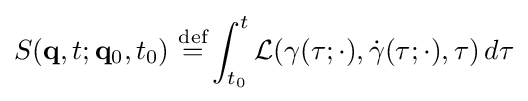
S(\mathbf {q} ,t;\mathbf {q} _{0},t_{0})\ {\stackrel {\text{def}}{=}}\int _{t_{0}}^{t}{\mathcal {L}}(\gamma (\tau ;\cdot ),{\dot {\gamma }}(\tau ;\cdot ),\tau )\,d\tau